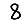
Digit: 8